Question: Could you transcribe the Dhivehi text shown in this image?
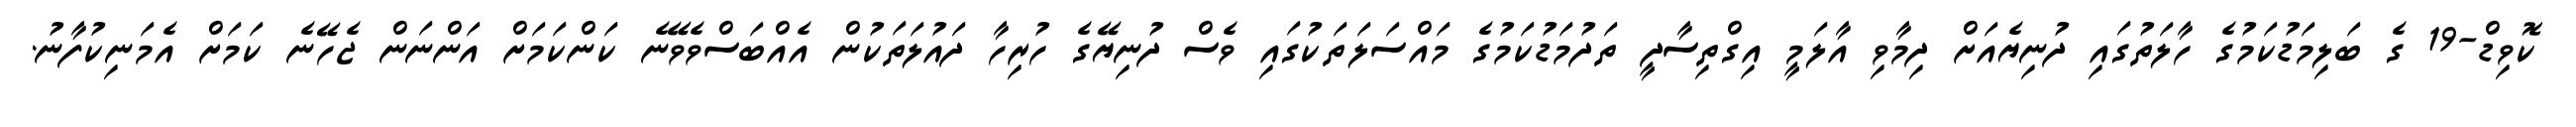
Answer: ކޮވިޑް-19 ގެ ބަލިމަޑުކަމުގެ ހާލަތުގައި ދުނިޔެއަށް ދިމާވި އާލަމީ އިގްތިސާދީ ތަދުމަޑުކަމުގެ މައްސަލަތަކުގައި ވެސް ދުނިޔޭގެ ހުރިހާ ދައުލަތަކުން އެއްބަސްވެވޭނެ ކަންކަމަށް އަންނަން ޖެހޭނެ ކަމަށް އެމަނިކުފާނު.